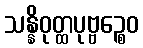
သန္နိဝုတ္ထပုဗ္ဗဉ္စေဝ